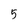
Character: 5